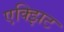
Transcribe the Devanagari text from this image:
एक्झिट